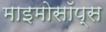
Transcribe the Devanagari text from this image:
माइमोसॉप्स